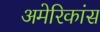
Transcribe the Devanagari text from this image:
अमेरिकांस